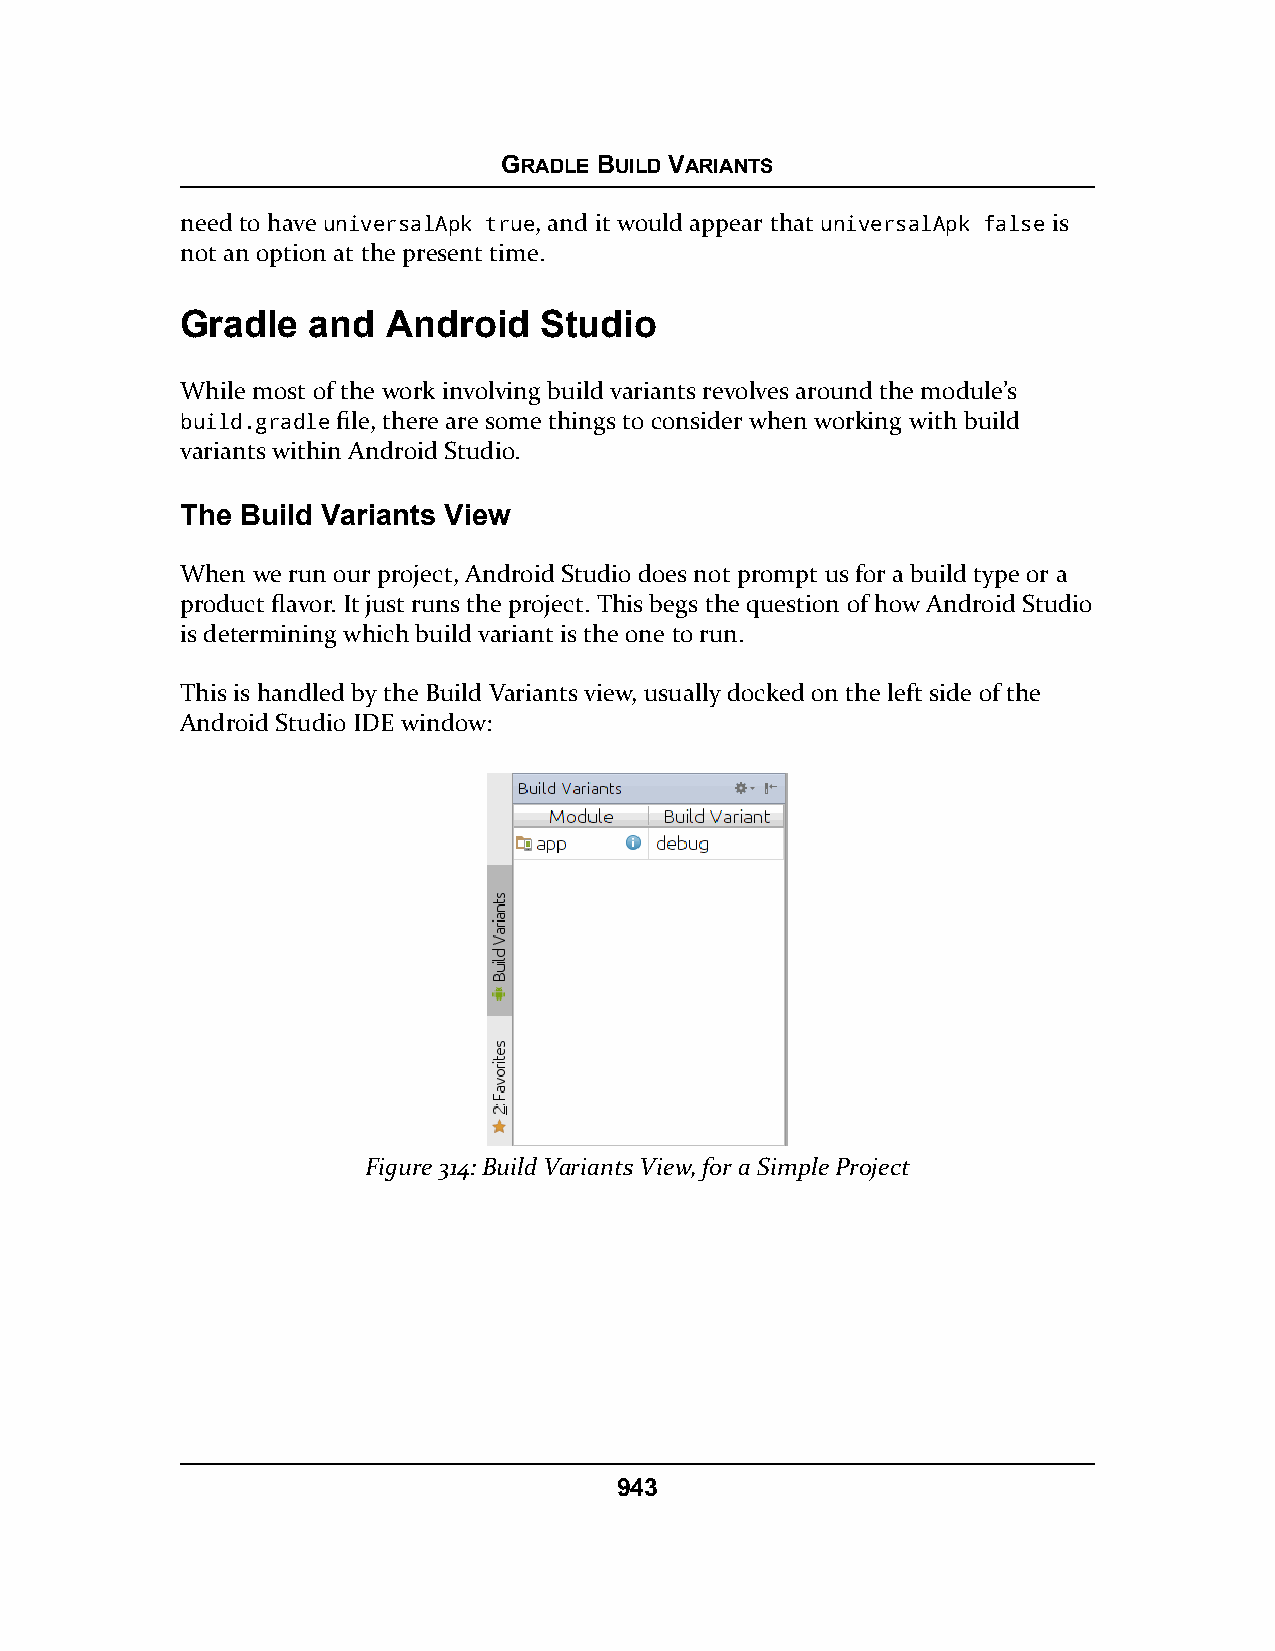
GRADLE BUILD VARIANTS
 need to have universalApk true, and it would appear that universalApk false is
 not an option at the present time.
 Gradle  and   Android   Studio
 While most of the work involving build variants revolves around the module’s
 build.gradle file, there are some things to consider when working with build
 variants within Android Studio.
 The Build Variants View
 When we run our project, Android Studio does not prompt us for a build type or a
 product flavor. It just runs the project. This begs the question of how Android Studio
 is determining which build variant is the one to run.
 This is handled by the Build Variants view, usually docked on the left side of the
 Android Studio IDE window:
 Figure 314: Build Variants View, for a Simple Project
 943